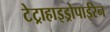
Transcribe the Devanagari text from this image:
टेट्राहाइड्रोपाईरेन